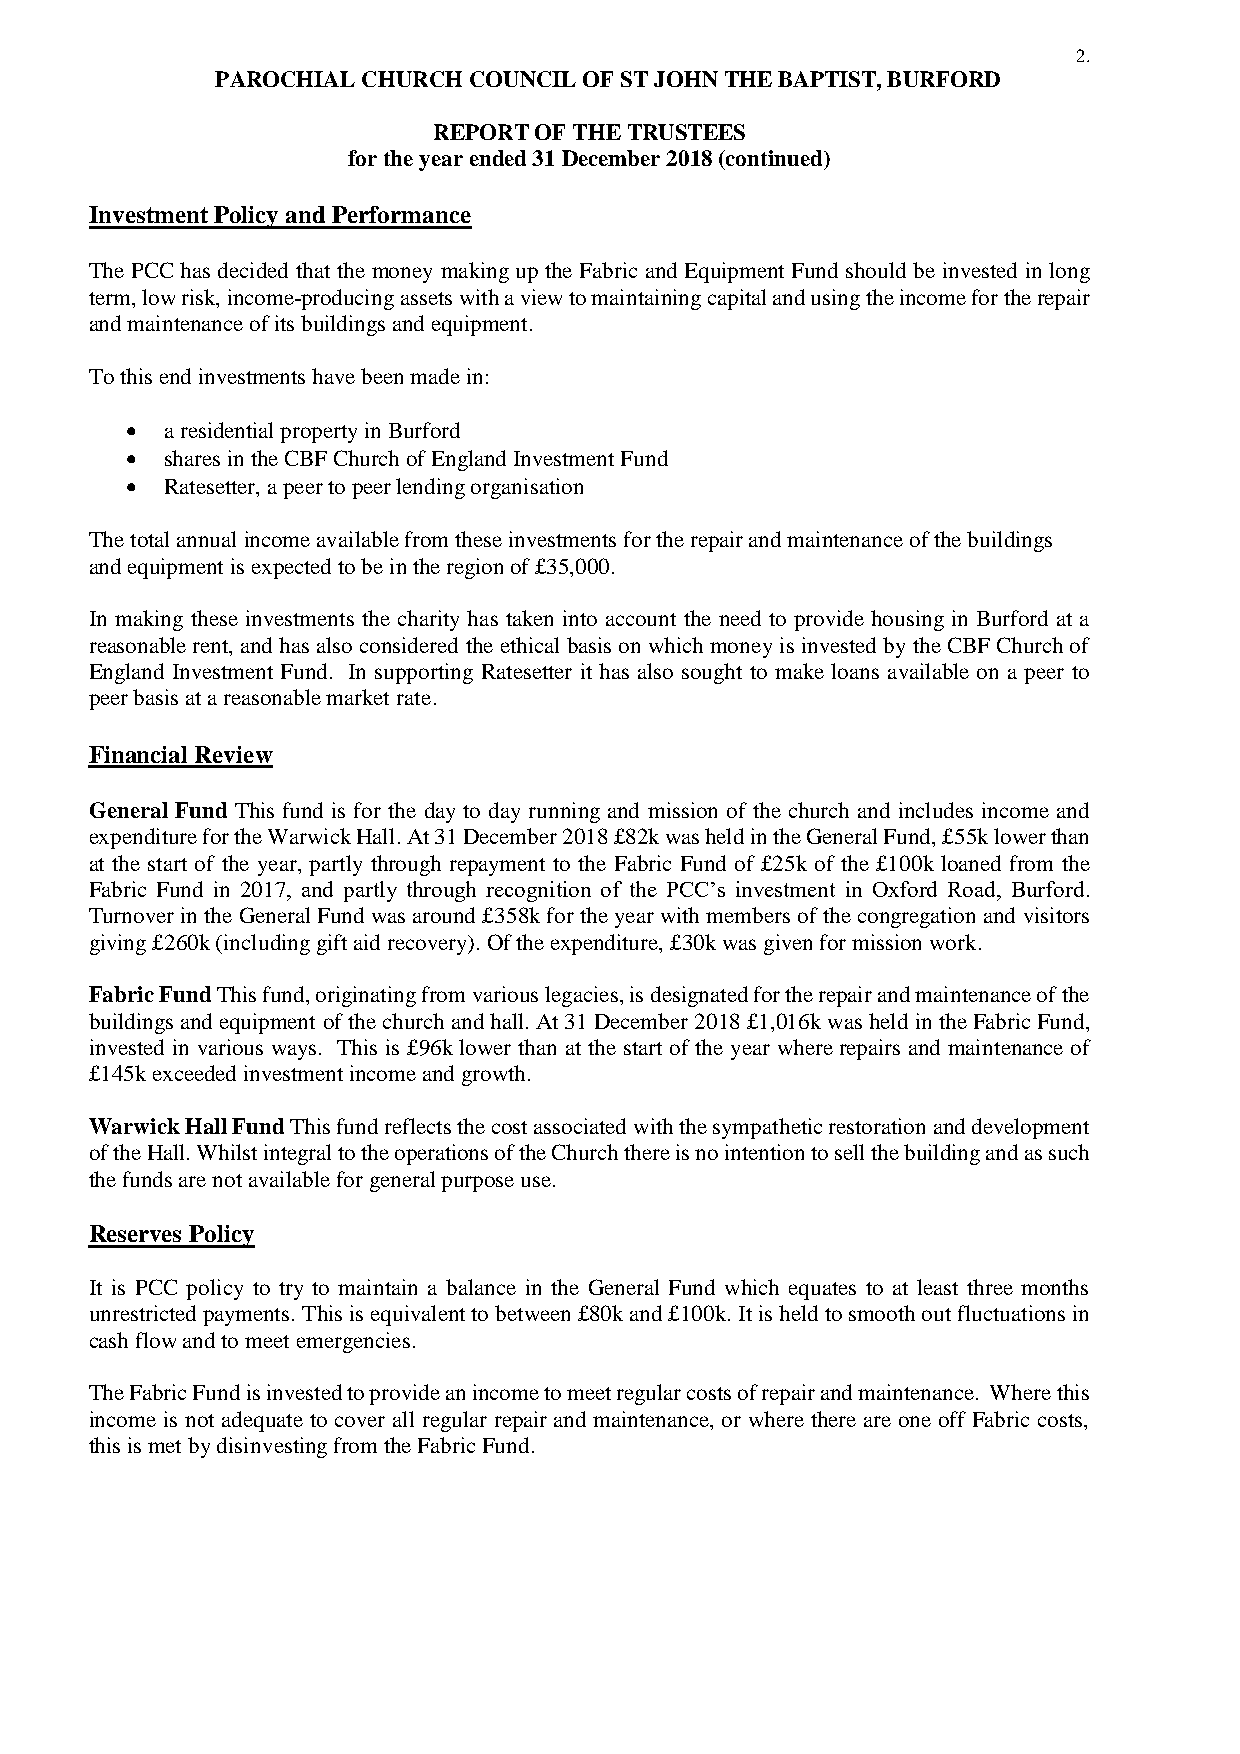
2.
 PAROCHIAL CHURCH COUNCIL OF ST JOHN THE BAPTIST, BURFORD
 REPORT OF THE TRUSTEES
 for the year ended 31 December 2018 (continued)
 Investment Policy and Performance
 The PCC has decided that the money making up the Fabric and Equipment Fund should be invested in long
 term, low risk, income-producing assets with a view to maintaining capital and using the income for the repair
 and maintenance of its buildings and equipment.
 To this end investments have been made in:
   a residential property in Burford
   shares in the CBF Church of England Investment Fund
   Ratesetter, a peer to peer lending organisation
 The total annual income available from these investments for the repair and maintenance of the buildings
 and equipment is expected to be in the region of £35,000.
 In making these investments the charity has taken into account the need to provide housing in Burford at a
 reasonable rent, and has also considered the ethical basis on which money is invested by the CBF Church of
 England Investment Fund. In supporting Ratesetter it has also sought to make loans available on a peer to
 peer basis at a reasonable market rate.
 Financial Review
 General Fund This fund is for the day to day running and mission of the church and includes income and
 expenditure for the Warwick Hall. At 31 December 2018 £82k was held in the General Fund, £55k lower than
 at the start of the year, partly through repayment to the Fabric Fund of £25k of the £100k loaned from the
 Fabric Fund in 2017, and partly through recognition of the PCC’s investment in Oxford Road, Burford.
 Turnover in the General Fund was around £358k for the year with members of the congregation and visitors
 giving £260k (including gift aid recovery). Of the expenditure, £30k was given for mission work.
 Fabric Fund This fund, originating from various legacies, is designated for the repair and maintenance of the
 buildings and equipment of the church and hall. At 31 December 2018 £1,016k was held in the Fabric Fund,
 invested in various ways. This is £96k lower than at the start of the year where repairs and maintenance of
 £145k exceeded investment income and growth.
 Warwick Hall Fund This fund reflects the cost associated with the sympathetic restoration and development
 of the Hall. Whilst integral to the operations of the Church there is no intention to sell the building and as such
 the funds are not available for general purpose use.
 Reserves Policy
 It is PCC policy to try to maintain a balance in the General Fund which equates to at least three months
 unrestricted payments. This is equivalent to between £80k and £100k. It is held to smooth out fluctuations in
 cash flow and to meet emergencies.
 The Fabric Fund is invested to provide an income to meet regular costs of repair and maintenance. Where this
 income is not adequate to cover all regular repair and maintenance, or where there are one off Fabric costs,
 this is met by disinvesting from the Fabric Fund.